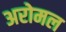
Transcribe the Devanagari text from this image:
अरोमल